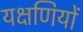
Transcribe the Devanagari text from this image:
यक्षणियों